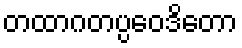
တထာဂတပ္ပဝေဒိတော